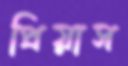
প্রিয়াস